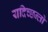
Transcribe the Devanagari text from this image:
यदिच्छन्तो